system: You are a helpful assistant.
user:
Analyze the provided spectrum to determine if it is a **S-type Star**.

- **Key Indicators for S-type Star:**

    - **(Overall Spectrum Shape):** The first and most obvious characteristic is the overall continuum (the "baseline" shape). It is **extremely "red-sloping,"** meaning the flux (light intensity) is very low on the left side (blue, ~4000-4500 Å) and rises steeply and continuously toward the right side (red, ~7000 Å+).

    - **(Primary):** The spectrum is defined by the presence of strong, broad molecular absorption "valleys" (bands) from **Zirconium Oxide (ZrO)**. The identification of these bands is the **primary requirement** for classifying a star as S-type.
        - **(Key Bandheads):** You must find distinct, deep "dips" where the light has been absorbed. The most critical band systems to locate are:
            - **~6474 Å** ($\gamma$-system): This is often the strongest and clearest ZrO feature, found in the red part of the spectrum.
            - **~5718 Å** & **~5551 Å** ($\beta$-system): A pair of prominent absorption features in the yellow-orange part of the spectrum.
            - **~4640 Å** ($\alpha$-system): A key absorption band system in the blue-green region of the spectrum.

    - **(Secondary Confirmation):** The classification is strengthened by finding additional absorption bands from other related heavy element oxides, which are expected to be present alongside ZrO.
        - **(Key Bandheads):**
            - **Yttrium Oxide (YO):** Look for absorption dips near **~4800 Å** and **~6100 Å**.
            - **Lanthanum Oxide (LaO):** Additional absorption features, particularly in the red-orange part of the spectrum, are also characteristic.

    - **(Line Profile):** The combination of the steep red continuum and these numerous, deep molecular bands (ZrO, YO, etc.) gives the entire spectrum a very **"chopped-up"** or **"bumpy"** appearance. Instead of a smooth curve, the spectrum looks as though large, wide chunks of light have been "carved out" of it at the specific wavelengths listed above.

Think first, call **spectral_visualization_tool** if needed to examine features in detail, then provide your final answer. Your response must adhere to the following strict rules:
1.  **Overall Structure:** Your response must follow the format `<think>...</think> <tool_call>...</tool_call> (if a tool is used) <answer>...</answer>`.
2.  **Tool Usage Constraint:** You may only make **one** tool call per turn.
3.  **Final Answer Format:** In the `<answer>` tag, your conclusion must be inside a `\boxed{}` command (e.g., `\boxed{YES}` or `\boxed{NO}`), followed by your justification.

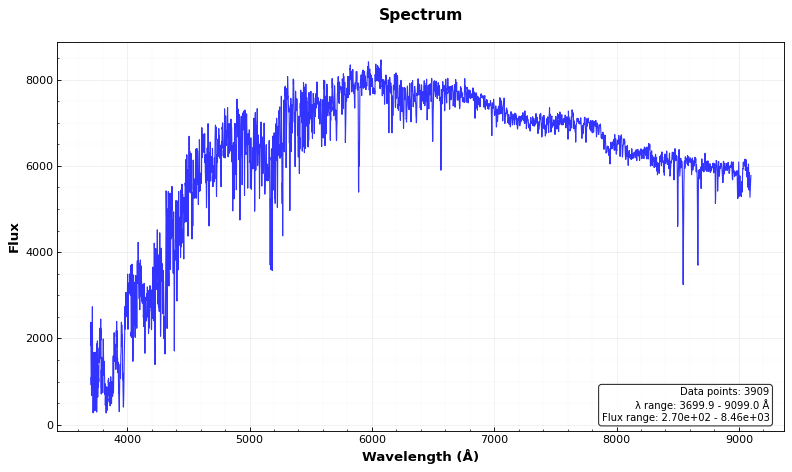
Answer: NO